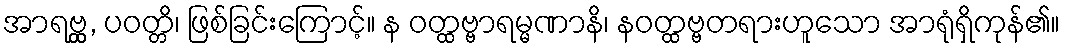
အာရဗ္ဘ္ထ, ပဝတ္တိ၊ ဖြစ်ခြင်းကြောင့်။ န ဝတ္ထဗ္ဗာရမ္မဏာနိ၊ နဝတ္ထဗ္ဗတရားဟူသော အာရုံရှိကုန်၏။